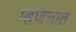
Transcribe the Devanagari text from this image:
म्हणत्तात